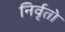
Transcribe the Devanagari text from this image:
निर्वृतो